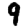
Digit: 9